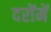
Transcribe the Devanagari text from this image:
दरोंमें